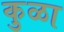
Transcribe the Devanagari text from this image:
कुळा